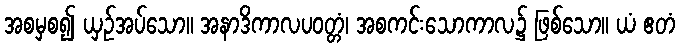
အစမှစ၍ ယှဉ်အပ်သော။ အနာဒိကာလပဝတ္တံ၊ အစကင်းသောကာလ၌ ဖြစ်သော။ ယံ ဧတံ